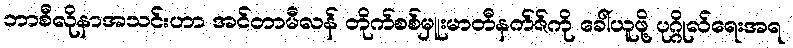
ဘာစီလိုနာအသင်းဟာ အင်တာမီလန် တိုက်စစ်မှူးမာတီနက်ဇ်ကို ခေါ်ယူဖို့ ပုဂ္ဂိုလ်ရေးအရ